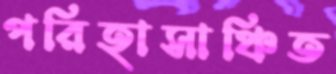
পরিহাসাঞ্চিত